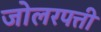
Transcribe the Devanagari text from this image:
जोलरपत्ती